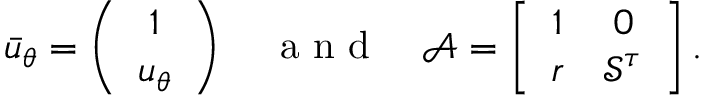
\bar { u } _ { \theta } = \left( \begin{array} { c } { 1 } \\ { u _ { \theta } } \end{array} \right) \quad \mathrm { ~ a ~ n ~ d ~ } \quad \mathcal { A } = \left[ \begin{array} { c c } { 1 } & { 0 } \\ { r } & { \mathcal { S } ^ { \tau } } \end{array} \right] .